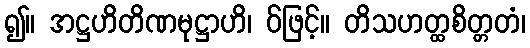
၍။ အဋ္ဌဟိတိဏမုဋ္ဌာဟိ၊ ဝ်ဖြင့်။ တိသဟတ္ထစိတ္တတံ၊